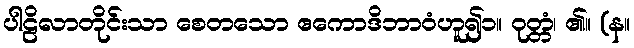
ပါဠိလာတိုင်းသာ စေတသော ဧကောဒိဘာဝံဟူ၍၁။ ဝုတ္တံ၊ ၏။ (န။